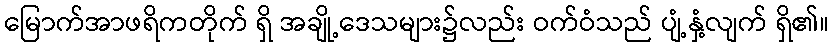
မြောက်အာဖရိကတိုက် ရှိ အချို့ဒေသများ၌လည်း ဝက်ဝံသည် ပျံ့နှံ့လျက် ရှိ၏။